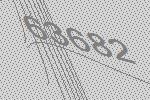
63682